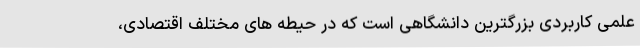
علمی کاربردی بزرگترین دانشگاهی است که در حیطه های مختلف اقتصادی،